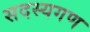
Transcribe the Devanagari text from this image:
सदस्‍यगण